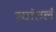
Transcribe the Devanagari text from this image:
त्यांतलं